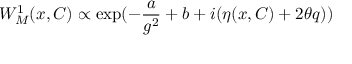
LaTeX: W _ { M } ^ { 1 } ( x , C ) \propto \exp ( - \frac { a } { g ^ { 2 } } + b + i ( \eta ( x , C ) + 2 \theta q ) )